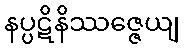
နပ္ပဋိနိဿဇ္ဇေယျ